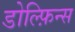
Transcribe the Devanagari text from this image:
डोल्फ़िन्स